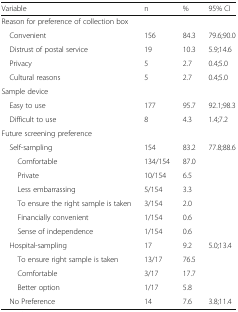
| Variable | n | % | 95% CI |
 | --- | --- | --- | --- |
 | <COLSPAN=4> Reason for preference of collection box |
 | Convenient | 156 | 84.3 | 79.6;90.0 |
 | Distrust of postal service | 19 | 10.3 | 5.9;14.6 |
 | Privacy | 5 | 2.7 | 0.4;5.0 |
 | Cultural reasons | 5 | 2.7 | 0.4;5.0 |
 | <COLSPAN=4> Sample device |
 | Easy to use | 177 | 95.7 | 92.1;98.3 |
 | Difficult to use | 8 | 4.3 | 1.4;7.2 |
 | <COLSPAN=4> Future screening preference |
 | Self-sampling | 154 | 83.2 | 77.8;88.6 |
 | Comfortable | 134/154 | 87.0 |  |
 | Private | 10/154 | 6.5 |  |
 | Less embarrassing | 5/154 | 3.3 |  |
 | To ensure the right sample is taken | 3/154 | 2.0 |  |
 | Financially convenient | 1/154 | 0.6 |  |
 | Sense of independence | 1/154 | 0.6 |  |
 | Hospital-sampling | 17 | 9.2 | 5.0;13.4 |
 | To ensure right sample is taken | 13/17 | 76.5 |  |
 | Comfortable | 3/17 | 17.7 |  |
 | Better option | 1/17 | 5.8 |  |
 | No Preference | 14 | 7.6 | 3.8;11.4 |